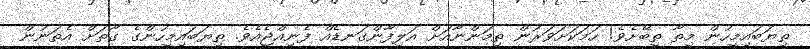
ތިޔަބައިމީހުން މިތާ ތިބޭށެވެ! ހަމަކަށަވަރުން ތިމަންނާއަށް އަލިފާންގަނޑެއް ފެނިއްޖެއެވެ. ތިޔަބައިމީހުންގެ ގާތަށް އެތަނުން